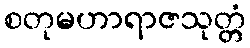
စတုမဟာရာဇသုတ္တံ